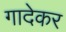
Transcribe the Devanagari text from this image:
गादेकर